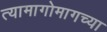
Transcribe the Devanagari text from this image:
त्यामागोमागच्या